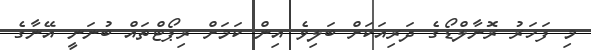
މި ފަހަރު ރޮނާލްޑޯގެ ދަރިއަކަށް ބަލިވެ އިން ކަމަށް ރިޕޯޓްތައް ބުނަނީ އޭނާގެ